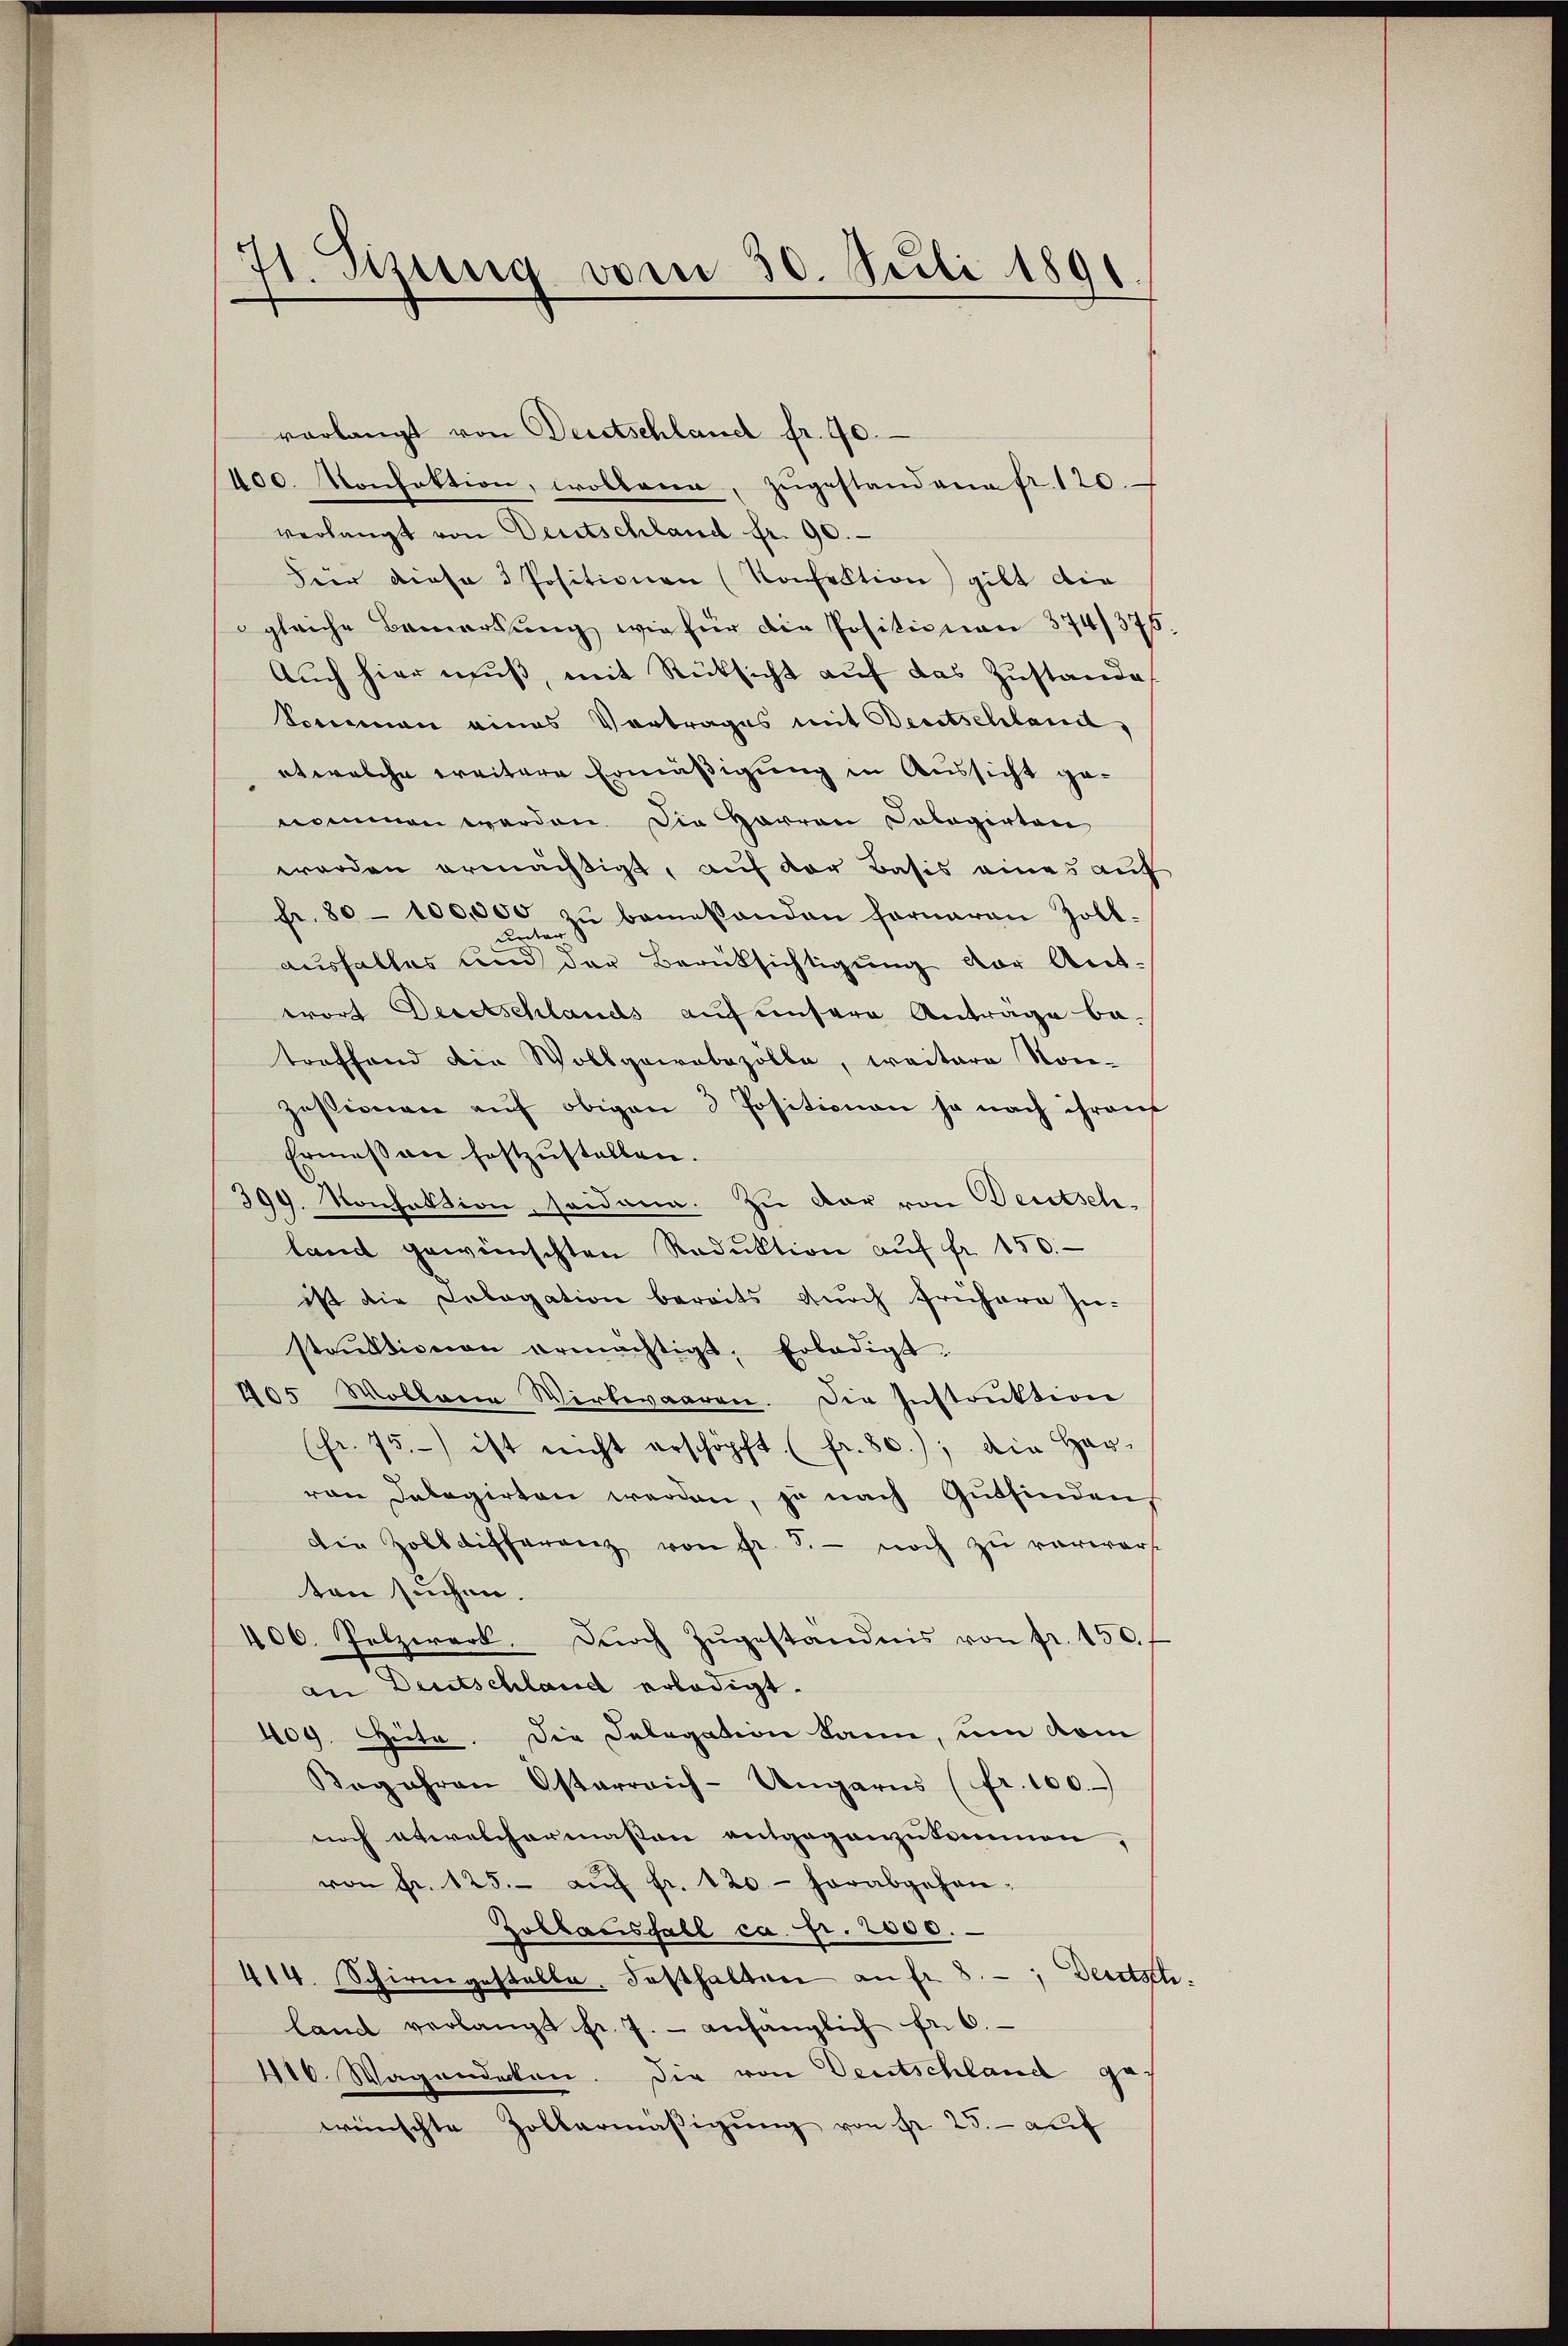
71. Sizung vom 30. Juli 1891

vorlangt von Deutschland fr. 70.
400. Konfektion, wollene, zŭgestandene fr. 120.
verlangt von Deutschland fr. 90.
Für diese 3 Positionen (Konfektion gibt die
gleiche Bemerkŭng wie für die Positionen 374/375.
Auch hier muß, mit Rüksicht auf das Zustande
Sommen eines Vortrages mit Bertschland,
etwelche weitere Ermäßigung in Aussicht genommen werden. Die Harren Cologirten
worden ermächtigt, auf der Basis eines auf
fr. 80–100,000 " bemesanden ferneren Zoll-
unter
ausfalles und der Berüksichtigŭng vor Ant-
wrort Deretschlands auf unsere Antrage be-
troffend die Wollgaabezölle, weitere Nor-
zessionen aŭf obigen 3 Positionen ja nach ihrens
Ermessen festzustellen.
399. Konfektion, sodann. Zu der von Beutschland gewünschten Reduktion aŭf fr. 150.
ist die Cologation bereits durch frühern In-
strŭktionen ermächtigt. Erledigt,
405 Wollaria Wirtwaaren. Die Instruktion
(fr. 75.) ist nicht erschöpft (fr. 80), die Her-
von Delegirten werden, je nach Gutfinden
die Zolldifferenz von Fr. 5.- noch zŭ verwarf
ten suchen.
406. Pelzwerk. Durch zŭgeständnis von fr. 150. f
an Deutschland erledigt.
109. Güte. Die Delegation kann, um vom
Begehren Osterreich-Ungarns (fr. 100.
noch etwelchermaßen entgegenzukommen,
von fr. 125.- aŭf fr. 120 - herabgehan¬
Zolbacisfall ca Fr. 2000.
414. Schirmgestalte. Festhalten an fr. 8. Deutsch
land verlangt fr. 7. - anhänglich fr. 6.
1116. Wagendeten. Die von Deutschland ge
wünschte Zollarmäβigŭng von fr. 25. - auf